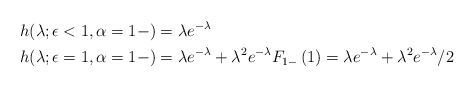
\begin{align*}&h(\lambda;\epsilon<1,\alpha=1-) =\lambda e^{-\lambda}\\&h(\lambda;\epsilon=1,\alpha=1-) =\lambda e^{-\lambda} + \lambda^2 e^{-\lambda}F_{1-}\left(1\right) = \lambda e^{-\lambda} + \lambda^2 e^{-\lambda}/2\end{align*}